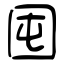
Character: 囤